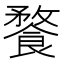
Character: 𩝕